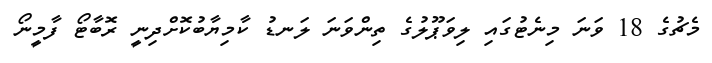
މެޗުގެ 18 ވަނަ މިނެޓުގައި ލިވަޕޫލުގެ ތިންވަނަ ލަނޑު ކާމިޔާބުކޮށްދިނީ ރޮބާޓޯ ފާމީނޯ